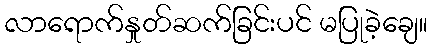
လာရောက်နှုတ်ဆက်ခြင်းပင် မပြုခဲ့ချေ။